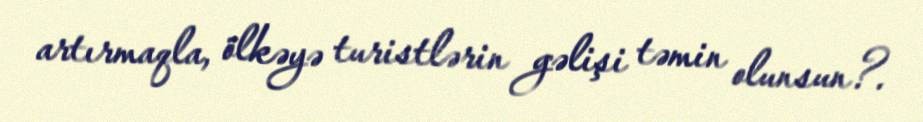
artırmaqla, ölkəyə turistlərin gəlişi təmin olunsun?.